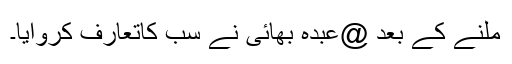
ملنے کے بعد @عبدہ بھائی نے سب کاتعارف کروایا۔